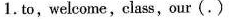
1.to,welcome,class,our(.)